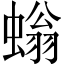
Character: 螉